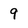
Character: 9